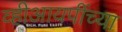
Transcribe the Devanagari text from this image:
व्हीआयपींच्या